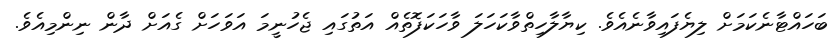
ބަހައްޓާނެކަމަށް ލިޔެފައިވާނެއެވެ. ކިޔާލާހިތްވާކަހަލަ ވާހަކަފޮތެއް އަތުގައި ޖެހުނީމަ އަވަހަށް ގެއަށް ދާން ނިންމިއެވެ.